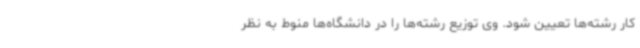
کار رشته‌ها تعیین شود. وی توزیع رشته‌ها را در دانشگاه‌ها منوط به نظر